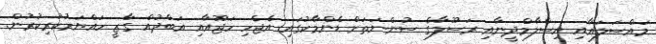
މައްސަލައާއި އިސްލާމްދީނާއި ރަސޫލާގެ ސުންނަތަށް ޑެންމާކުގައި އެޖެހި ހަޖޫއާއި އަބްދުއް ގާޒީ ހައްޔަރުކުރިކުރުން.